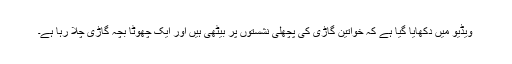
ویڈیو میں دکھایا گیا ہے کہ خواتین گاڑی کی پچھلی نشستوں پر بیٹھی ہیں اور ایک چھوٹا بچہ گاڑی چلا رہا ہے۔